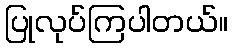
ပြုလုပ်ကြပါတယ်။